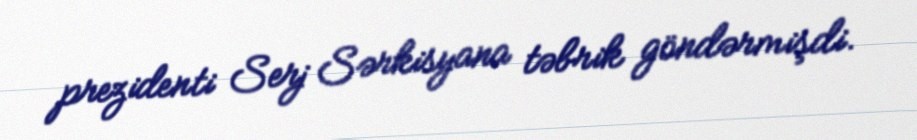
prezidenti Serj Sərkisyana təbrik göndərmişdi.